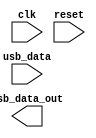
module usb_bus_controller (
    input wire clk,
    input wire reset,
    input wire usb_data,
    output wire usb_data_out,
    // Declare other input and output ports
    
    // Declare internal signals and variables
);

// Timing control and synchronization blocks

// Code for managing timing signals for data transmission and reception
// Code for managing synchronization of data transfers between USB controller and connected devices
// Code for transmitting and receiving data at the correct times

endmodule